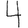
Digit: 4